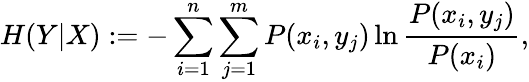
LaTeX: H(Y|X):=-\sum_{i=1}^{n}\sum_{j=1}^{m}P(x_{i},y_{j})\ln\frac{P(x_{i},y_{j})}{P(x_{i})},